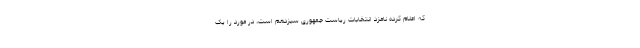
که اعلام کرده نامزد انتخابات ریاست جمهوری سیزدهم است، در مورد را یک